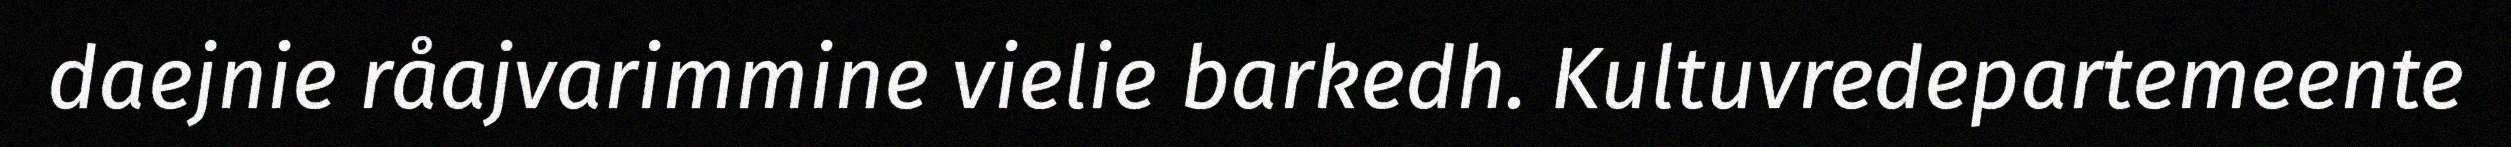
daejnie råajvarimmine vielie barkedh. Kultuvredepartemeente